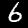
Digit: 6